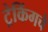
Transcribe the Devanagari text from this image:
ट्रेकिंगचे